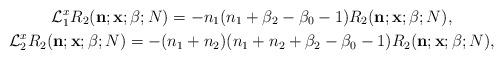
LaTeX: \begin{gather*} \mathcal{L}_1^x R_2({\bf n; x}; \beta;N)=-n_1(n_1+\beta_2-\beta_0-1) R_2({\bf n; x}; \beta;N),\\ \mathcal{L}_2^x R_2({\bf n; x}; \beta;N)=-(n_1+n_2)(n_1+n_2+\beta_2-\beta_0-1) R_2({\bf n; x}; \beta;N),\end{gather*}